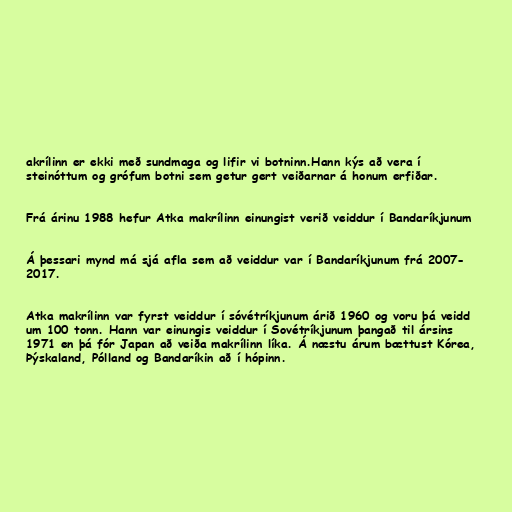
akrílinn er ekki með sundmaga og lifir vi botninn.Hann kýs að vera í
steinóttum og grófum botni sem getur gert veiðarnar á honum erfiðar.

Frá árinu 1988 hefur Atka makrílinn einungist verið veiddur í Bandaríkjunum

Á þessari mynd má sjá afla sem að veiddur var í Bandaríkjunum frá 2007-
2017.

Atka makrílinn var fyrst veiddur í sóvétríkjunum árið 1960 og voru þá veidd
um 100 tonn. Hann var einungis veiddur í Sovétríkjunum þangað til ársins
1971 en þá fór Japan að veiða makrílinn líka. Á næstu árum bættust Kórea,
Þýskaland, Pólland og Bandaríkin að í hópinn.